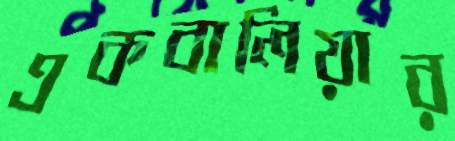
একবালিয়ার